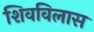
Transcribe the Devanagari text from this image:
शिवविलास